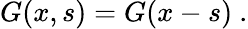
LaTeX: G(x,s)=G(x-s)~.